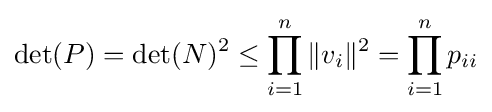
\det(P)=\det(N)^{2}\leq \prod _{i=1}^{n}\|v_{i}\|^{2}=\prod _{i=1}^{n}p_{ii}